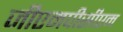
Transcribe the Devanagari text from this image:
जीएमपीसीएम